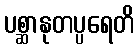
ပစ္ဆာနုတပ္ပရေတိ